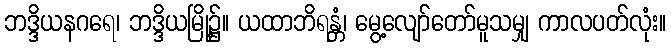
ဘဒ္ဒိယနဂရေ၊ ဘဒ္ဒိယမြို့၌။ ယထာဘိရန္တံ၊ မွေ့လျော်တော်မူသမျှ ကာလပတ်လုံး။